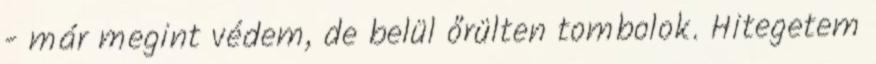
- már megint védem, de belül őrülten tombolok. Hitegetem